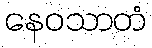
နေဝသာတံ